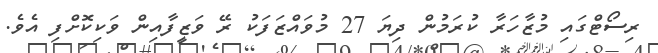
ރިސޯޓްގައި މުޒާހަރާ ކުރަމުން ދިޔަ 27 މުވައްޒަފަކު ރޭ ވަޒީފާއިން ވަކިކޮށްފި އެވެ.